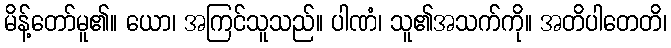
မိန့်တော်မူ၏။ ယော၊ အကြင်သူသည်။ ပါဏံ၊ သူ၏အသက်ကို။ အတိပါတေတိ၊